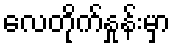
လေတိုက်နှုန်းမှာ